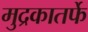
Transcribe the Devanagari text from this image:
मुद्रकातर्फे